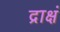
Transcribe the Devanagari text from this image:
द्राक्षं